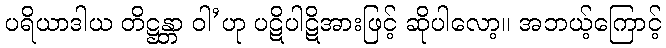
ပရိယာဒါယ တိဋ္ဌန္တာ ဝါ’ဟု ပဋိပါဋိအားဖြင့် ဆိုပါလော့။ အဘယ့်ကြောင့်